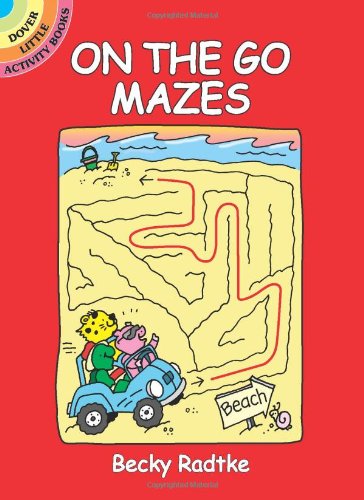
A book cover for On the Go Mazes (Dover Little Activity Books); Becky Radtke; Children's Books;